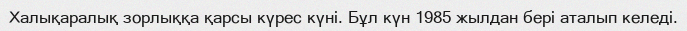
Халықаралық зорлыққа қарсы күрес күні. Бұл күн 1985 жылдан бері аталып келеді.